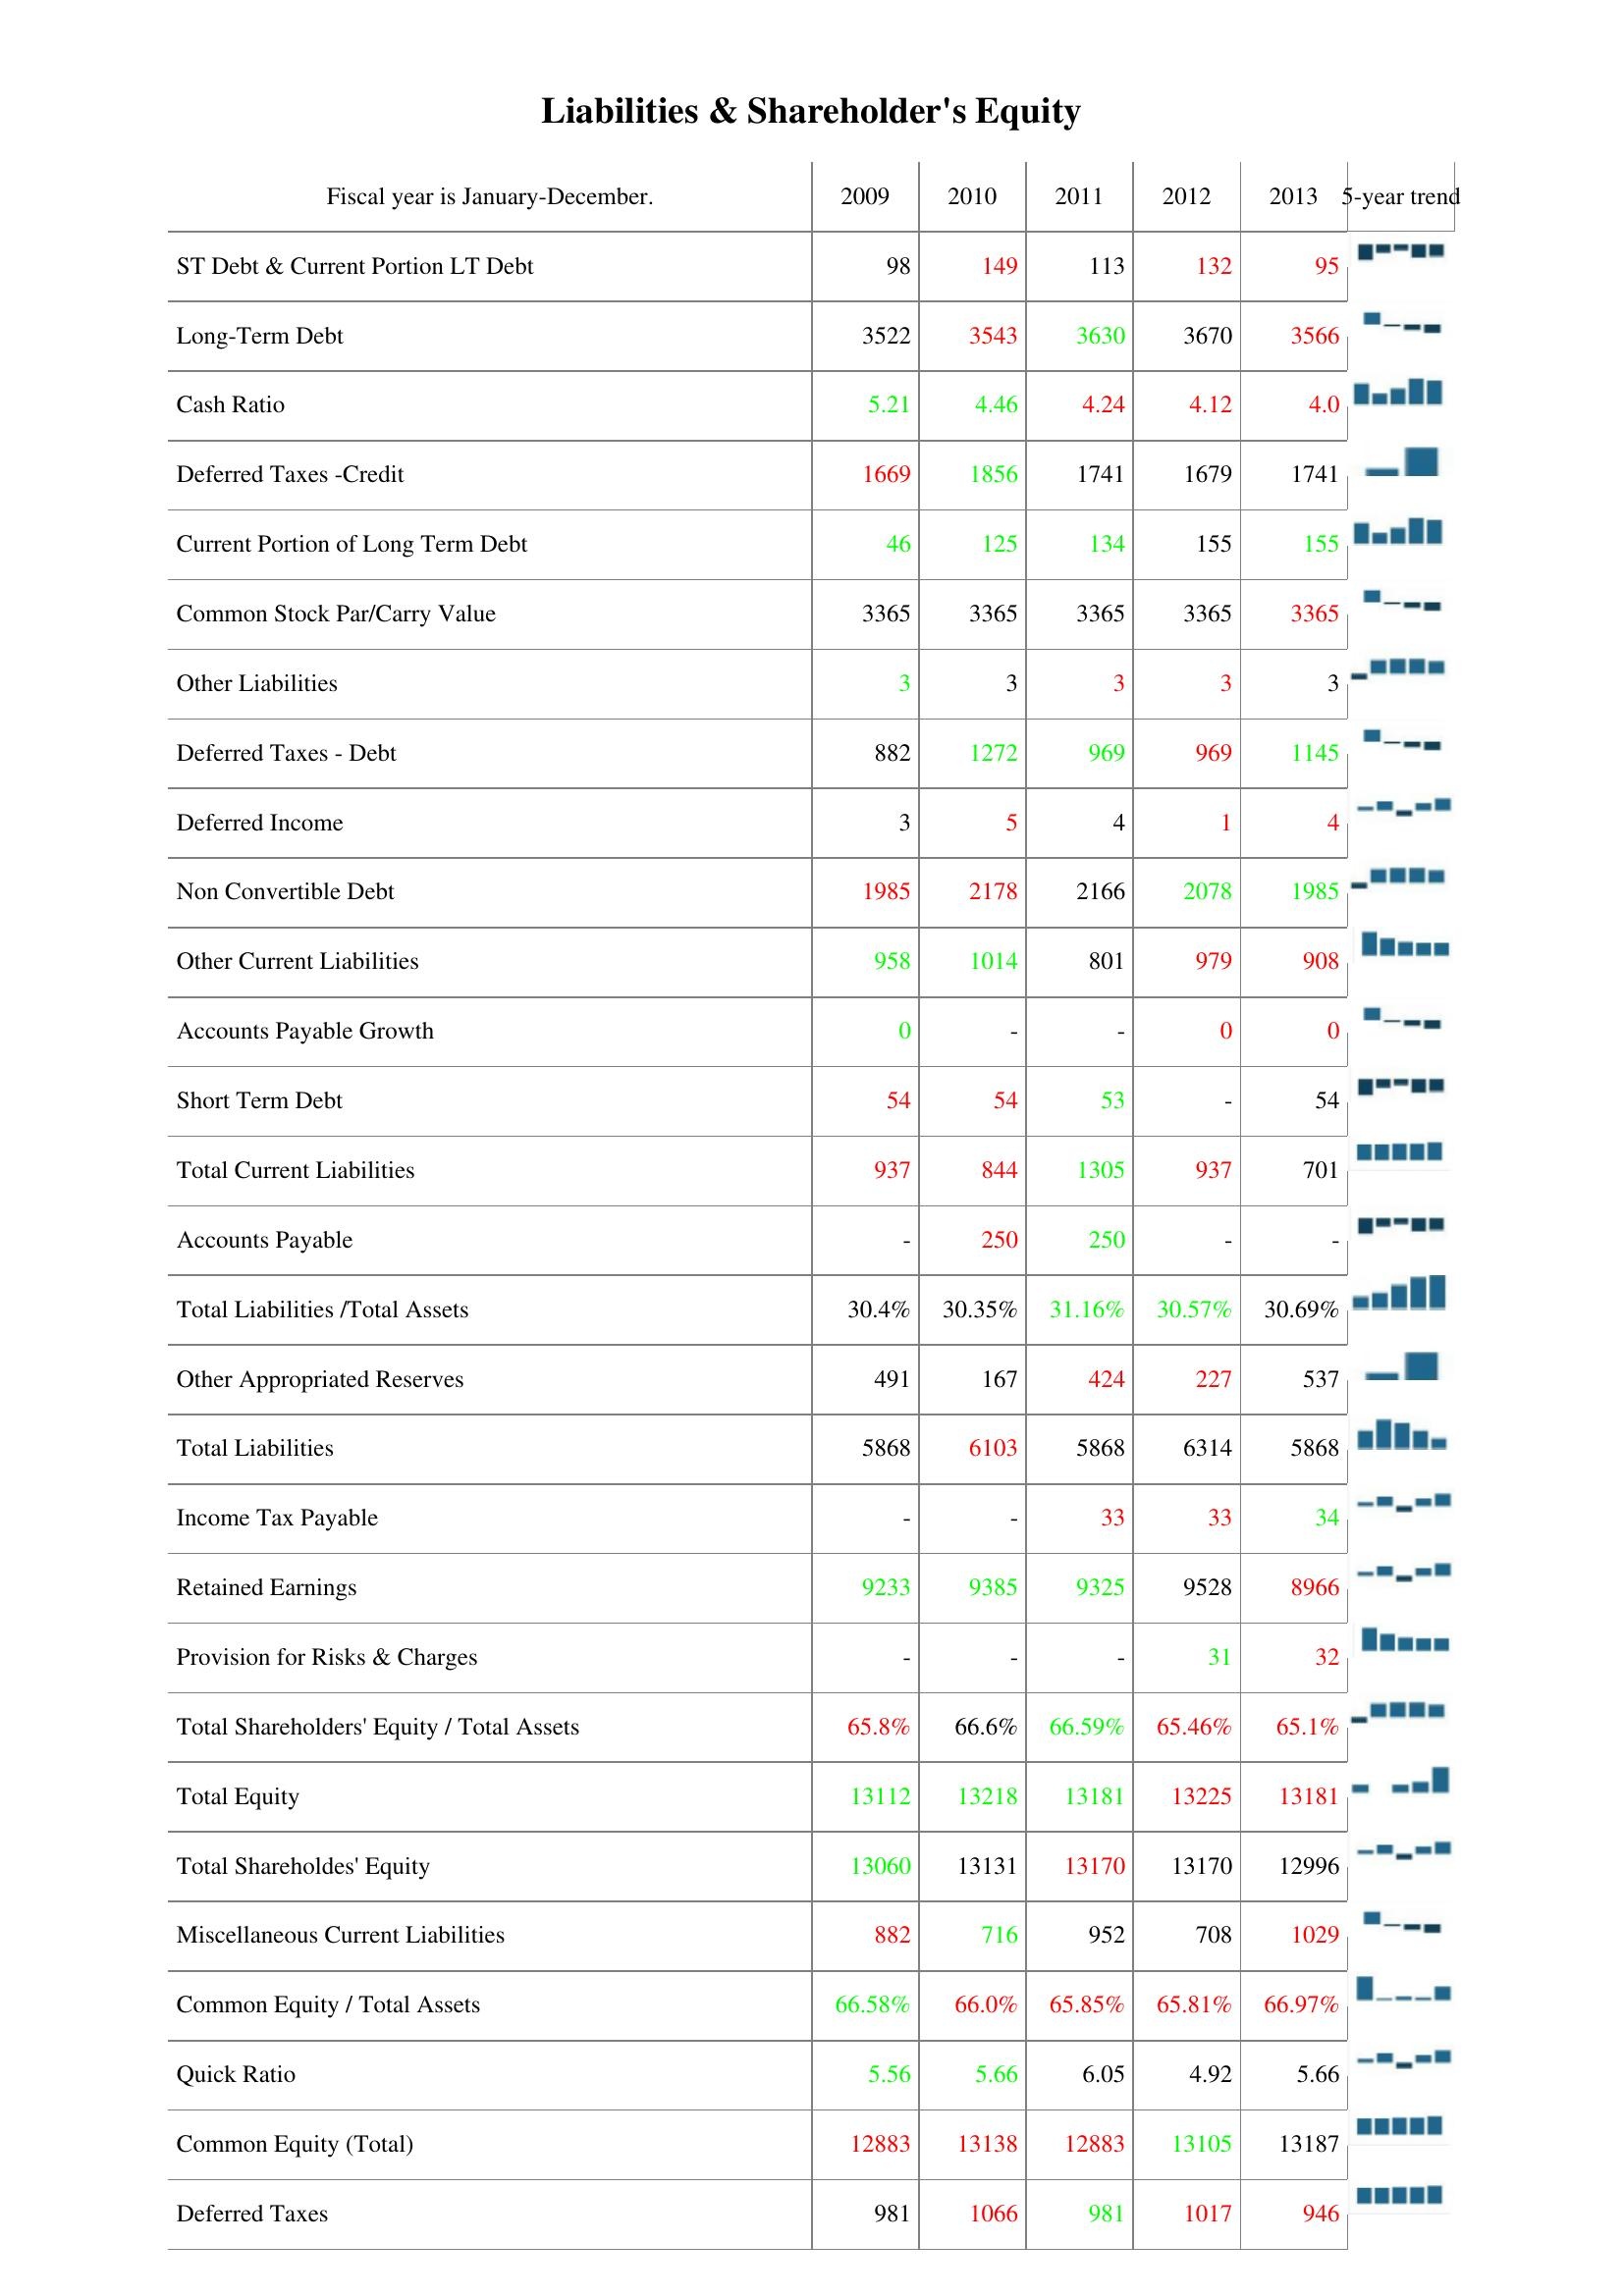
2009: Liabilities & Shareholder's Equity: ST Debt & Current Portion LT Debt: 98
Long-Term Debt: 3522
Cash Ratio: 5.21
Deferred Taxes -Credit: 1669
Current Portion of Long Term Debt: 46
Common Stock Par/Carry Value: 3365
Other Liabilities: 3
Deferred Taxes - Debt: 882
Deferred Income: 3
Non Convertible Debt: 1985
Other Current Liabilities: 958
Accounts Payable Growth: 0
Short Term Debt: 54
Total Current Liabilities: 937
Accounts Payable: -
Total Liabilities /Total Assets: 30.4%
Other Appropriated Reserves: 491
Total Liabilities: 5868
Income Tax Payable: -
Retained Earnings: 9233
Provision for Risks & Charges: -
Total Shareholders' Equity / Total Assets: 65.8%
Total Equity: 13112
Total Shareholdes' Equity: 13060
Miscellaneous Current Liabilities: 882
Common Equity / Total Assets: 66.58%
Quick Ratio: 5.56
Common Equity (Total): 12883
Deferred Taxes: 981
2010: Liabilities & Shareholder's Equity: ST Debt & Current Portion LT Debt: 149
Long-Term Debt: 3543
Cash Ratio: 4.46
Deferred Taxes -Credit: 1856
Current Portion of Long Term Debt: 125
Common Stock Par/Carry Value: 3365
Other Liabilities: 3
Deferred Taxes - Debt: 1272
Deferred Income: 5
Non Convertible Debt: 2178
Other Current Liabilities: 1014
Accounts Payable Growth: -
Short Term Debt: 54
Total Current Liabilities: 844
Accounts Payable: 250
Total Liabilities /Total Assets: 30.35%
Other Appropriated Reserves: 167
Total Liabilities: 6103
Income Tax Payable: -
Retained Earnings: 9385
Provision for Risks & Charges: -
Total Shareholders' Equity / Total Assets: 66.6%
Total Equity: 13218
Total Shareholdes' Equity: 13131
Miscellaneous Current Liabilities: 716
Common Equity / Total Assets: 66.0%
Quick Ratio: 5.66
Common Equity (Total): 13138
Deferred Taxes: 1066
2011: Liabilities & Shareholder's Equity: ST Debt & Current Portion LT Debt: 113
Long-Term Debt: 3630
Cash Ratio: 4.24
Deferred Taxes -Credit: 1741
Current Portion of Long Term Debt: 134
Common Stock Par/Carry Value: 3365
Other Liabilities: 3
Deferred Taxes - Debt: 969
Deferred Income: 4
Non Convertible Debt: 2166
Other Current Liabilities: 801
Accounts Payable Growth: -
Short Term Debt: 53
Total Current Liabilities: 1305
Accounts Payable: 250
Total Liabilities /Total Assets: 31.16%
Other Appropriated Reserves: 424
Total Liabilities: 5868
Income Tax Payable: 33
Retained Earnings: 9325
Provision for Risks & Charges: -
Total Shareholders' Equity / Total Assets: 66.59%
Total Equity: 13181
Total Shareholdes' Equity: 13170
Miscellaneous Current Liabilities: 952
Common Equity / Total Assets: 65.85%
Quick Ratio: 6.05
Common Equity (Total): 12883
Deferred Taxes: 981
2012: Liabilities & Shareholder's Equity: ST Debt & Current Portion LT Debt: 132
Long-Term Debt: 3670
Cash Ratio: 4.12
Deferred Taxes -Credit: 1679
Current Portion of Long Term Debt: 155
Common Stock Par/Carry Value: 3365
Other Liabilities: 3
Deferred Taxes - Debt: 969
Deferred Income: 1
Non Convertible Debt: 2078
Other Current Liabilities: 979
Accounts Payable Growth: 0
Short Term Debt: -
Total Current Liabilities: 937
Accounts Payable: -
Total Liabilities /Total Assets: 30.57%
Other Appropriated Reserves: 227
Total Liabilities: 6314
Income Tax Payable: 33
Retained Earnings: 9528
Provision for Risks & Charges: 31
Total Shareholders' Equity / Total Assets: 65.46%
Total Equity: 13225
Total Shareholdes' Equity: 13170
Miscellaneous Current Liabilities: 708
Common Equity / Total Assets: 65.81%
Quick Ratio: 4.92
Common Equity (Total): 13105
Deferred Taxes: 1017
2013: Liabilities & Shareholder's Equity: ST Debt & Current Portion LT Debt: 95
Long-Term Debt: 3566
Cash Ratio: 4.0
Deferred Taxes -Credit: 1741
Current Portion of Long Term Debt: 155
Common Stock Par/Carry Value: 3365
Other Liabilities: 3
Deferred Taxes - Debt: 1145
Deferred Income: 4
Non Convertible Debt: 1985
Other Current Liabilities: 908
Accounts Payable Growth: 0
Short Term Debt: 54
Total Current Liabilities: 701
Accounts Payable: -
Total Liabilities /Total Assets: 30.69%
Other Appropriated Reserves: 537
Total Liabilities: 5868
Income Tax Payable: 34
Retained Earnings: 8966
Provision for Risks & Charges: 32
Total Shareholders' Equity / Total Assets: 65.1%
Total Equity: 13181
Total Shareholdes' Equity: 12996
Miscellaneous Current Liabilities: 1029
Common Equity / Total Assets: 66.97%
Quick Ratio: 5.66
Common Equity (Total): 13187
Deferred Taxes: 946